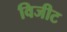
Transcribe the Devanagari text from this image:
विजीट